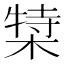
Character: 𬃿